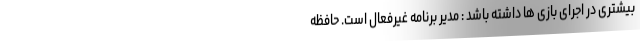
بیشتری در اجرای بازی ها داشته باشد : مدیر برنامه غیرفعال است. حافظه